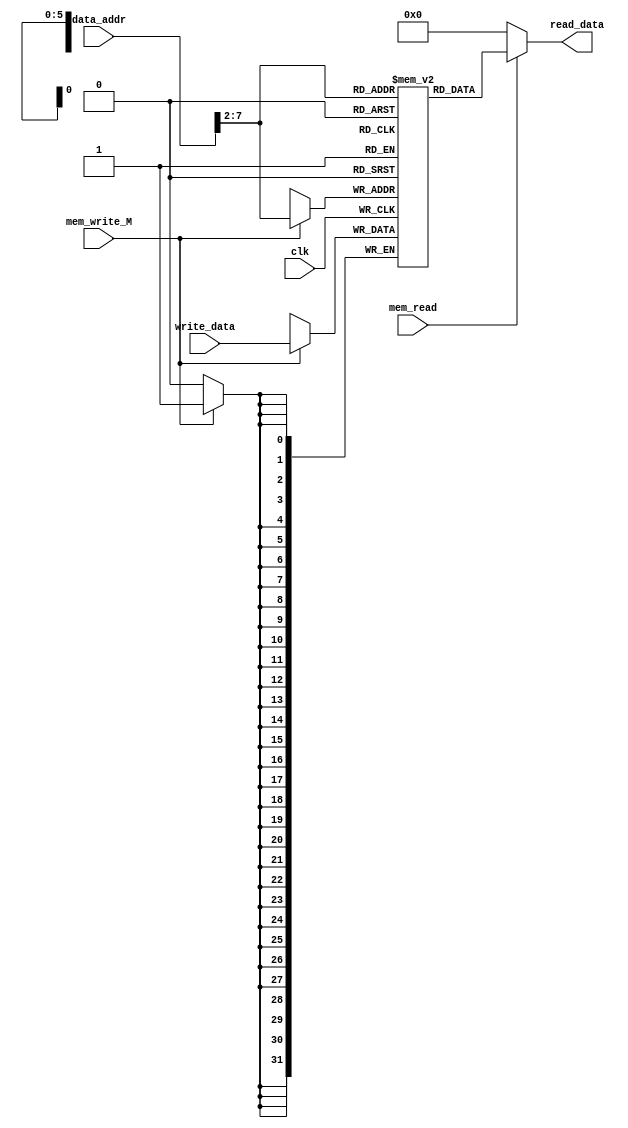
module dmem (input clk,mem_write_M,mem_read,
	     input[31:0] data_addr,
	     input[31:0] write_data,
	     output[31:0] read_data);

reg[31:0] RAM[63:0];

assign read_data = mem_read ? RAM[data_addr[31:2]] : 32'b0; //word aligned

always @(posedge clk)
	if (mem_write_M)
	    RAM[data_addr[31:2]] <= write_data;

endmodule